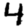
Digit: 4